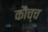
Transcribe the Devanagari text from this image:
कौच्च